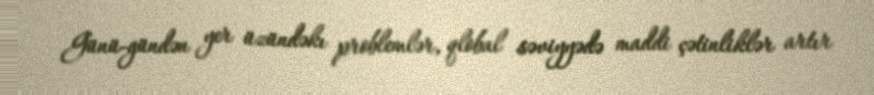
Günü-gündən yer üzündəkı problemlər, qlobal səviyyədə maddi çətinliklər artır